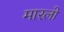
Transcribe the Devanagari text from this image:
मारलो